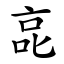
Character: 㖜